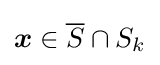
{\boldsymbol {x}}\in {\overline {S}}\cap S_{k}